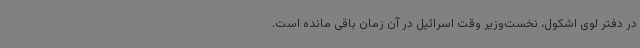
در دفتر لوی اشکول، نخست‌وزیر وقت اسرائیل در آن زمان باقی مانده است.